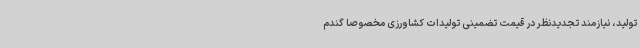
تولید، نیازمند تجدیدنظر در قیمت تضمینی تولیدات کشاورزی مخصوصا گندم